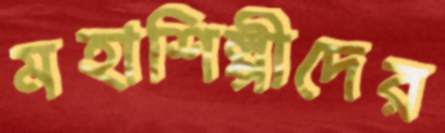
মহাশিল্পীদের